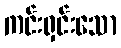
ကင်းရှင်းသော